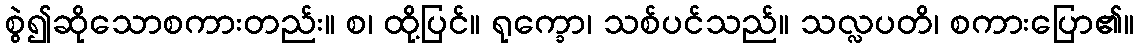
စွဲ၍ဆိုသောစကားတည်း။ စ၊ ထို့ပြင်။ ရုက္ခော၊ သစ်ပင်သည်။ သလ္လပတိ၊ စကားပြော၏။